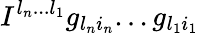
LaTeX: I^{l_{n}...l_{1}}g_{l_{n}i_{n}}...g_{l_{1}i_{1}}